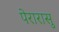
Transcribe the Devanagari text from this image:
पेरारासु